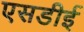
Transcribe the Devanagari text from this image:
एसडीई